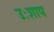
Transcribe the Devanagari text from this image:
उःशाप